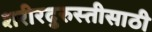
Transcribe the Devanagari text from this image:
शरीरदुरुस्तीसाठी